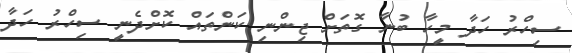
ސިހްރު ހަދާ މީހާ ބުނާ ގޮތަށް ޖިންނި ކަންތައް ކޮށްދެނީ ސިހްރު ހަދާ